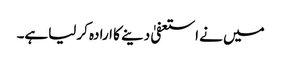
میں نے استعفیٰ دینے کا ارادہ کرلیاہے۔